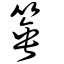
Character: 箠